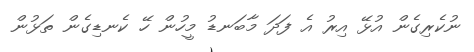
ނުކެރިގެން އުޅޭ އިރު އެ ފަދަ މާބަނޑު މީހުން ހޭ ކެނޑިގެން ތަޅުން